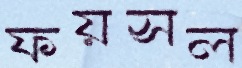
ফয়সল